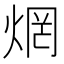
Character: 焹